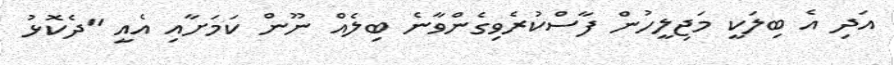
އަދި އެ ބިލަކީ މަޖިލީހުން ފާސްކުރެވިގެންވާނެ ބިލެއް ނޫން ކަމަށާއި އެއީ "ދެކޮޅު